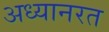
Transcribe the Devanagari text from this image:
अध्यानरत